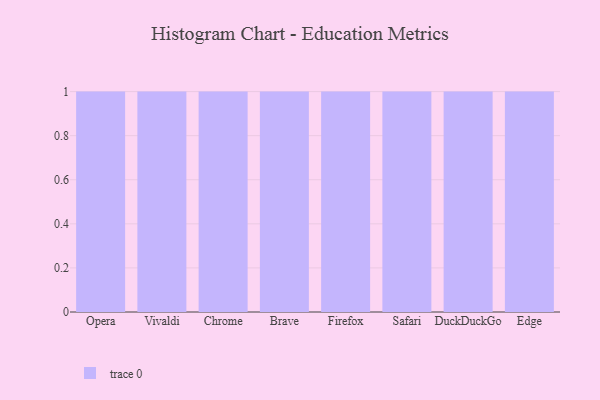
{"axis": {"x": "Browser", "y": "Humidity (%)"}, "legend": [""], "data": [{"x": "Opera", "y": 38, "type": ""}, {"x": "Vivaldi", "y": 83, "type": ""}, {"x": "Chrome", "y": 13, "type": ""}, {"x": "Brave", "y": 4, "type": ""}, {"x": "Firefox", "y": 81, "type": ""}, {"x": "Safari", "y": 94, "type": ""}, {"x": "DuckDuckGo", "y": 35, "type": ""}, {"x": "Edge", "y": 5, "type": ""}]}